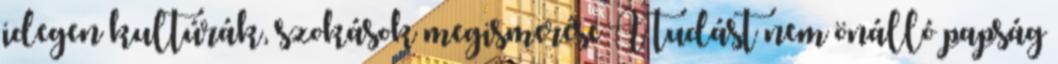
idegen kultúrák, szokások megismerése A tudást nem önálló papság